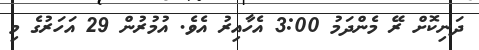
ދަނިކޮށް ރޭ މެންދަމު 3:00 އެހާއިރު އެވެ. އުމުރުން 29 އަހަރުގެ މި